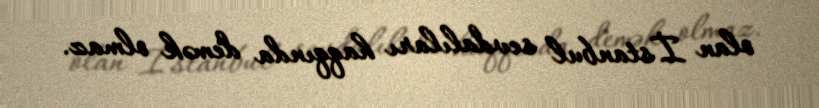
olan İstanbul sevdalıları haqqında demək olmaz.